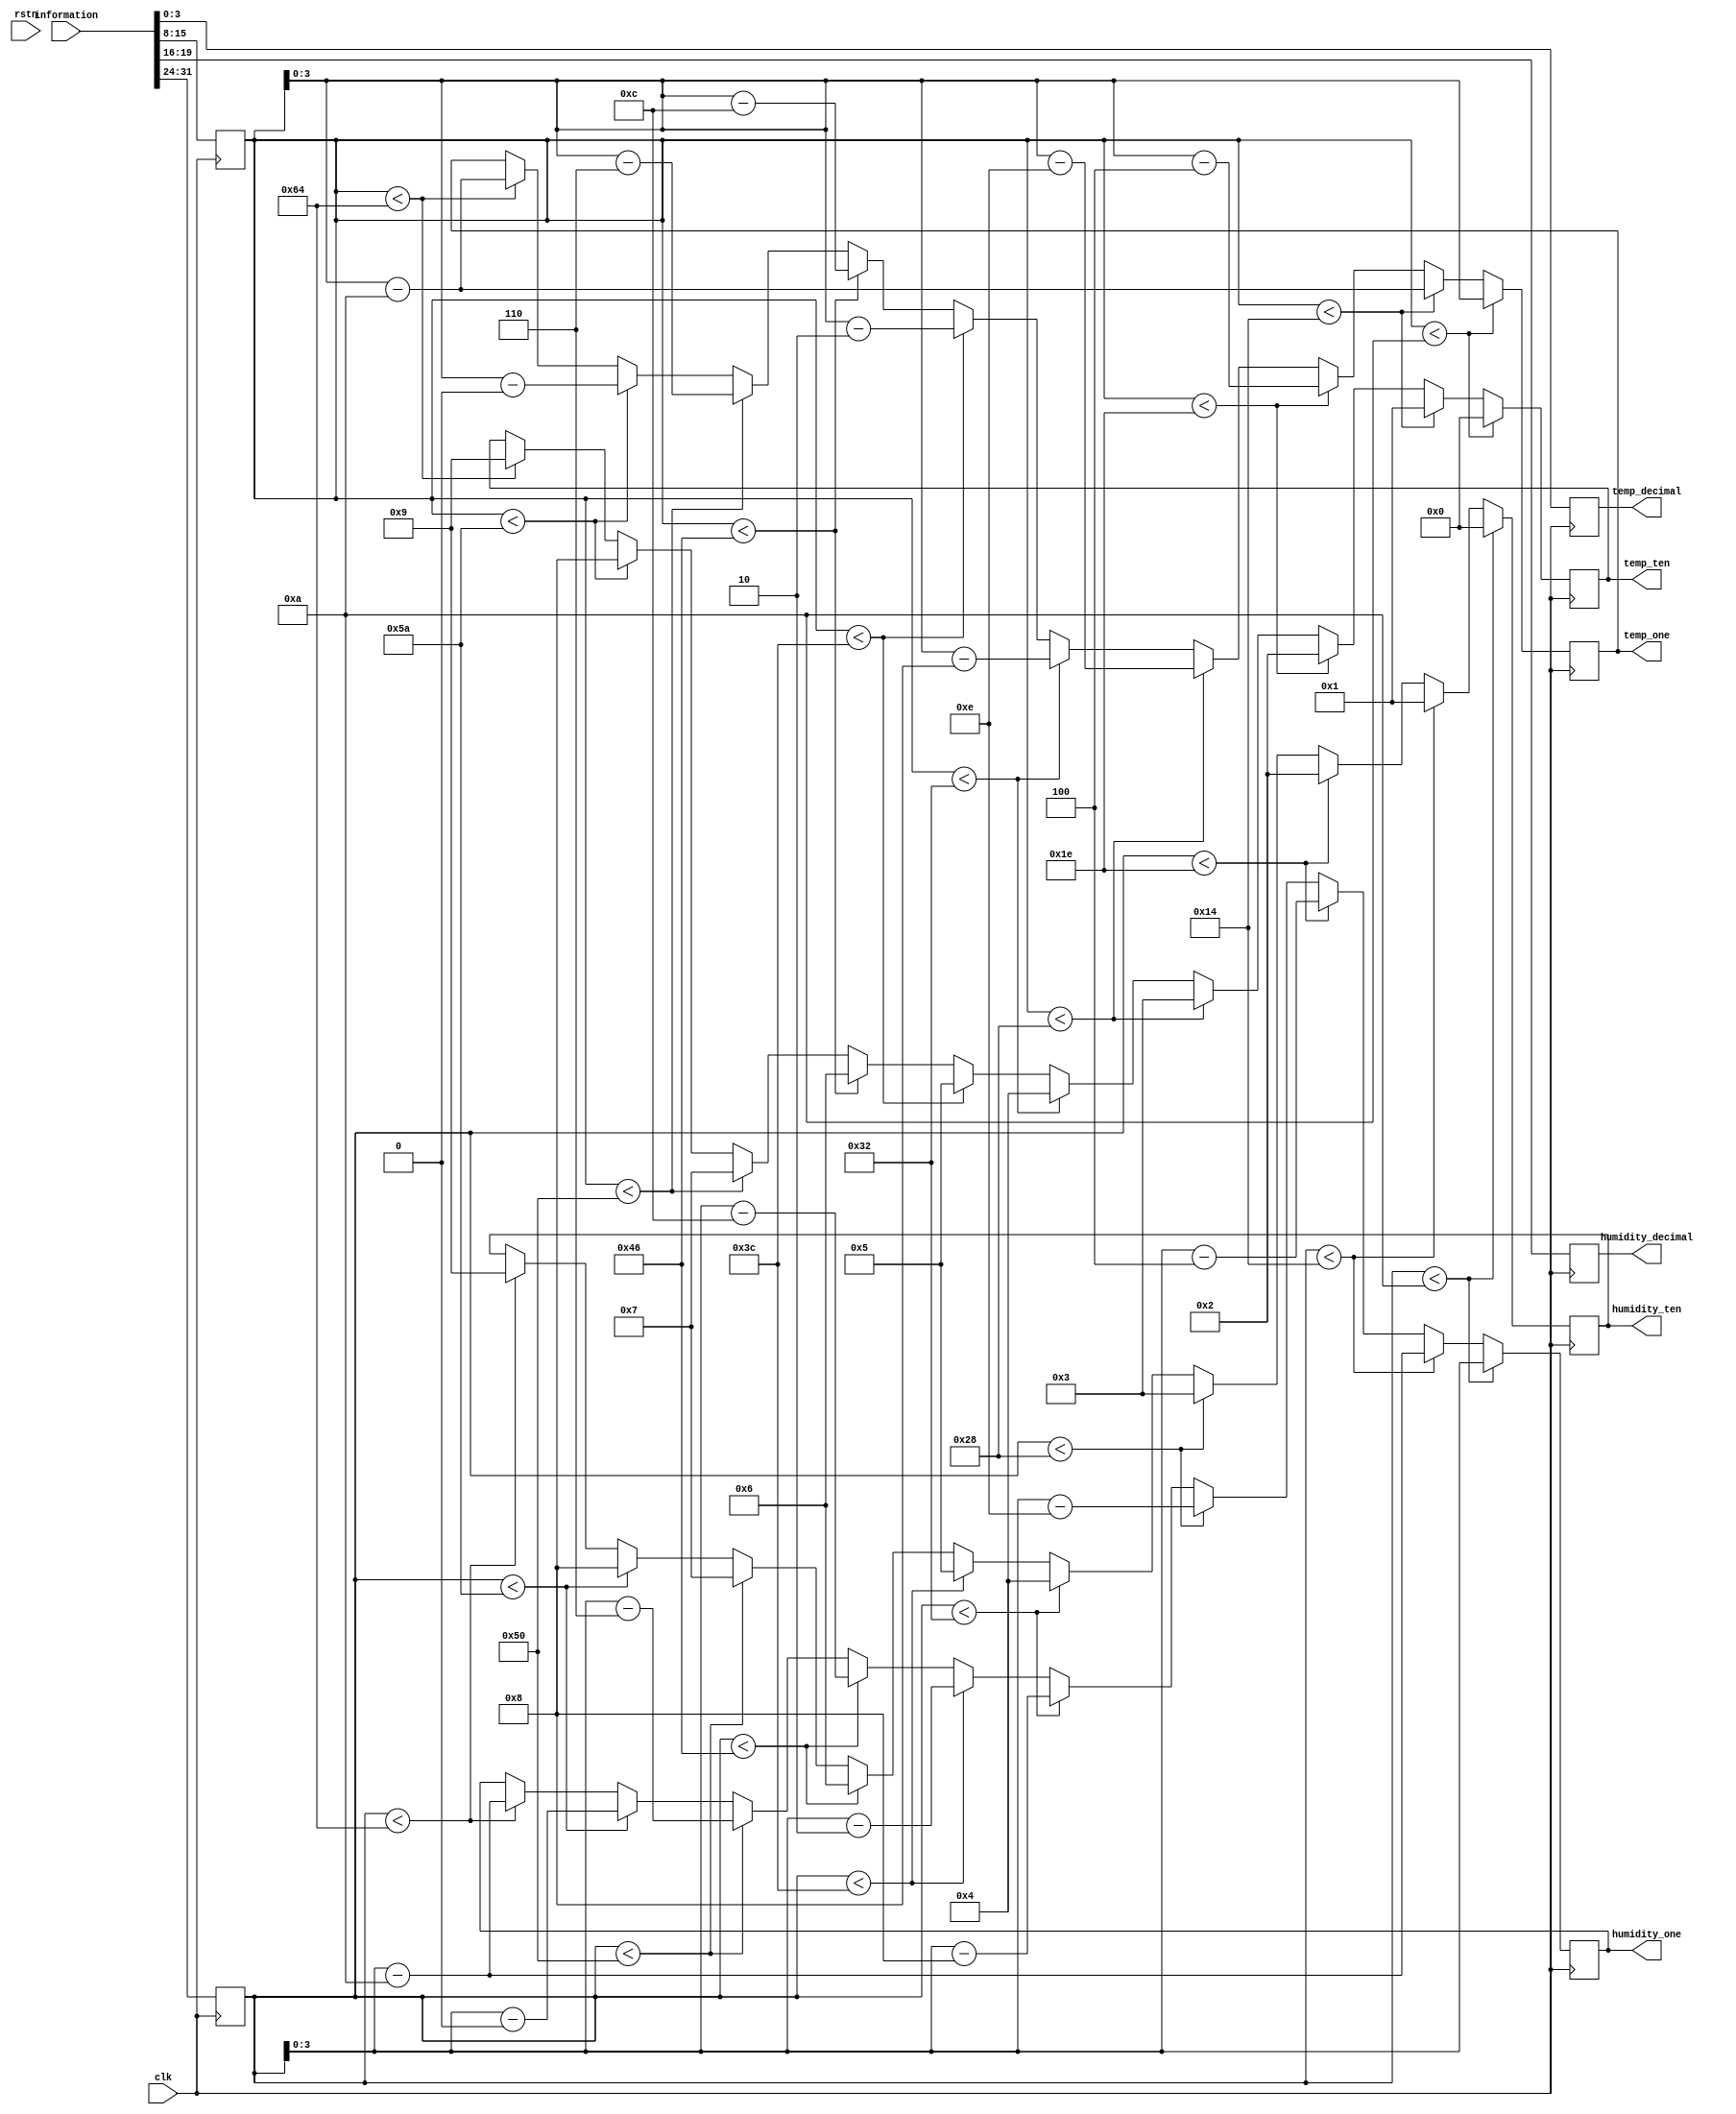
`timescale 1ns / 1ps
//////////////////////////////////////////////////////////////////////////////////
// Company: 
// Engineer: 
// 
// Design Name: 
// Module Name: change
// Project Name: 
// Target Devices: 
// Tool Versions: 
// Description:8bit8bit32bit
// 
// Dependencies: 
// 
// Revision:
// Revision 0.01 - File Created
// Additional Comments:
// 
//////////////////////////////////////////////////////////////////////////////////

`define UD #1
module change(
             input clk,
             input rstn,
             input  [31:0]information,//4032
             output reg [3:0]humidity_one=0,//
             output reg [3:0]humidity_ten=0,
             output reg [3:0]humidity_decimal,
             output reg [3:0]temp_one=0,//
             output reg [3:0]temp_ten=0,
             output reg [3:0]temp_decimal
    );

 reg [7:0]humidity_integer=0;
 reg [7:0]temp_integer=0;

always @ (posedge clk)
       begin
            humidity_integer[7:0] <= `UD information[31:24];//
       end
always @ (posedge clk)
       begin
            humidity_decimal[3:0] <= `UD information[19:16];//
       end
       
    always @(posedge clk)
    begin
        if(humidity_integer < 8'd10)
        begin
            humidity_one <= `UD humidity_integer[3:0];
            humidity_ten<=`UD 4'd0;
        end
        else if(humidity_integer < 8'd20)
        begin
            humidity_one <= `UD humidity_integer - 8'd10;
            humidity_ten<=`UD 4'd1;
        end
        else if(humidity_integer < 8'd30)
        begin
            humidity_one <= `UD humidity_integer - 8'd20;
            humidity_ten<=`UD 4'd2;
        end
        else if(humidity_integer < 8'd40)
        begin
            humidity_one <= `UD humidity_integer - 8'd30;
            humidity_ten<=`UD 4'd3;
        end
        else if(humidity_integer < 8'd50)
        begin
            humidity_one <= `UD humidity_integer - 8'd40;
            humidity_ten<=`UD 4'd4;
        end
        else if(humidity_integer < 8'd60)
        begin
            humidity_one <= `UD humidity_integer - 8'd50;
            humidity_ten<=`UD 4'd5;
        end
        else if(humidity_integer < 8'd70)
        begin
            humidity_one <= `UD humidity_integer - 8'd60;
            humidity_ten<=`UD 4'd6;
        end
        else if(humidity_integer < 8'd80)
        begin
            humidity_one <= `UD humidity_integer - 8'd70;
            humidity_ten<=`UD 4'd7;
        end
        else if(humidity_integer < 8'd90)
        begin
            humidity_one <= `UD humidity_integer - 8'd80;
            humidity_ten<=`UD 4'd8;
        end
        else if(humidity_integer < 8'd100)
        begin
            humidity_one <= `UD humidity_integer - 8'd90;
            humidity_ten<=`UD 4'd9;
        end
    end
            
              
always @ (posedge clk)
       begin
            temp_integer[7:0] <= `UD information[15:8];//
       end
always @ (posedge clk)
       begin
            temp_decimal[3:0] <= `UD information[3:0];//
       end
       
    always @(posedge clk)
    begin
        if(temp_integer < 8'd10)
        begin
            temp_one <= `UD temp_integer[3:0];
            temp_ten<=`UD 4'd0;
        end
        else if(temp_integer < 8'd20)
        begin
            temp_one <= `UD temp_integer - 8'd10;
            temp_ten<=`UD 4'd1;
        end
        else if(temp_integer < 8'd30)
        begin
            temp_one <= `UD temp_integer - 8'd20;
            temp_ten<=`UD 4'd2;
        end
        else if(temp_integer < 8'd40)
        begin
            temp_one <= `UD temp_integer - 8'd30;
            temp_ten<=`UD 4'd3;
        end
        else if(temp_integer < 8'd50)
        begin
            temp_one <= `UD temp_integer - 8'd40;
            temp_ten<=`UD 4'd4;
        end
        else if(temp_integer < 8'd60)
        begin
            temp_one <= `UD temp_integer - 8'd50;
            temp_ten<=`UD 4'd5;
        end
        else if(temp_integer < 8'd70)
        begin
            temp_one <= `UD temp_integer - 8'd60;
            temp_ten<=`UD 4'd6;
        end
        else if(temp_integer < 8'd80)
        begin
            temp_one <= `UD temp_integer - 8'd70;
            temp_ten<=`UD 4'd7;
        end
        else if(temp_integer < 8'd90)
        begin
            temp_one <= `UD temp_integer - 8'd80;
            temp_ten<=`UD 4'd8;
        end
        else if(temp_integer < 8'd100)
        begin
            temp_one <= `UD temp_integer - 8'd90;
            temp_ten<=`UD 4'd9;
        end
    end
       

endmodule